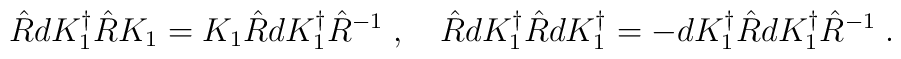
\hat{R} d K^{\dagger}_{1} \hat{R} K_{1} = K_{1} \hat{R} dK^{\dagger}_{1}\hat{R}^{-1}  \;, \quad\hat{R} d K^{\dagger}_1 \hat{R} d K^{\dagger}_1 = - d K^{\dagger}_{1}\hat{R} dK^{\dagger}_{1} \hat{R}^{-1}\;.